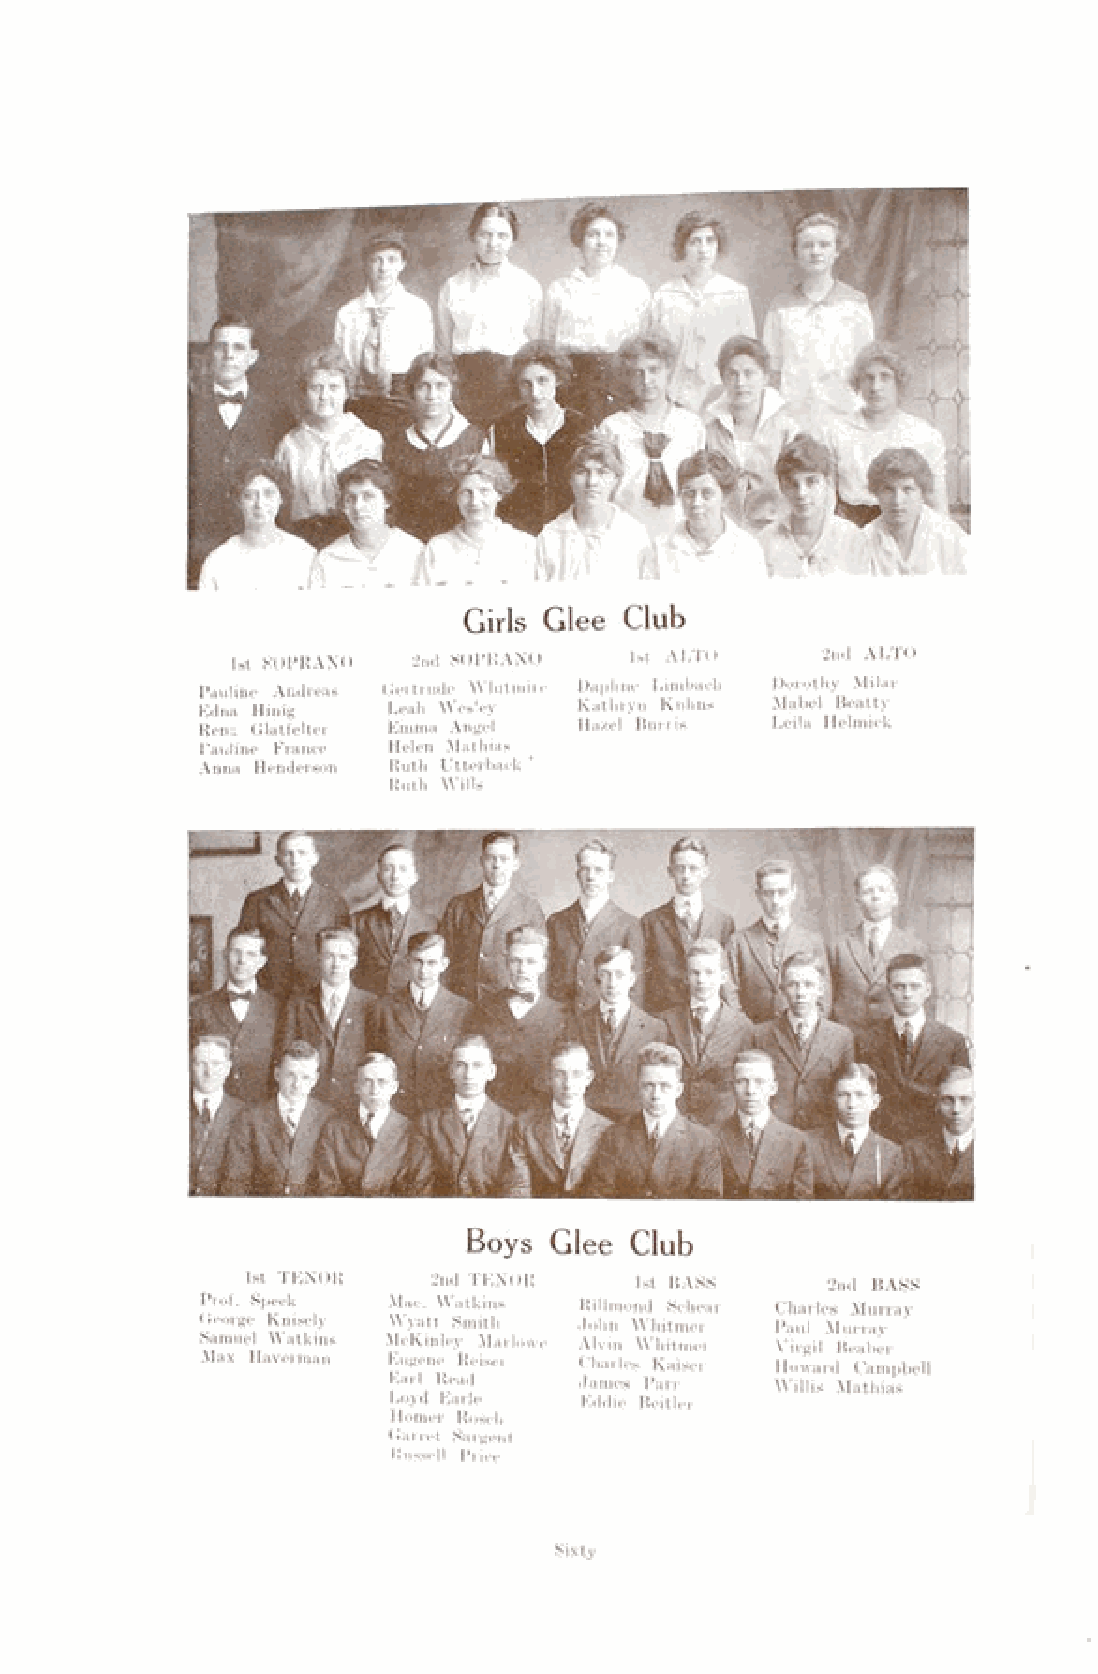
Girls Glee Club
 1st SOPRANO 2nd SOPRANO    1st ALTO    2nd ALTO
 Pauline Andreas Gertrude Whitmire Daphne Limbach Dorothy Milar
 Edna Hinig   Leah Wesley Kathryn Kuhns Mabel Beatty
 Rena Glatfelter Emma Angel Hazel Burris Leila Helmick
 Pauline France Helen Mathias
 Anna Henderson Ruth Utterback '
 Ruth Wills
 Boys Glee  Club
 1st TENOR    2nd TENOR    1st BASS     2nd BASS
 Prof. Speck  Mac. Watkins Rillmond Schear Charles Murray
 George Knisely Wyatt Smith John Whitmer Paul Murray
 Samuel Watkins McKinley Marlowe Alvin Whitmer Virgil Beaber
 Max Haverman Eugene Reiser Charles Kaiser Howard Campbell
 Earl Read   James Parr   Willis Mathias
 Loyd Earle  Eddie Beitler
 Homer Roseh
 Garret Sargent
 Russell Price
 Sixty